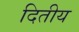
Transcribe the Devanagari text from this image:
दितीय